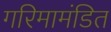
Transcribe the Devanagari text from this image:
गरिमामंडित